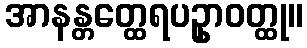
အာနန္တတ္ထေရပဥှာဝတ္ထု။